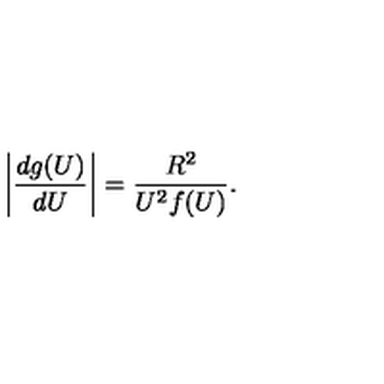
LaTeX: \left\vert \frac { d g ( U ) } { d U } \right\vert = \frac { R ^ { 2 } } { U ^ { 2 } f ( U ) } .